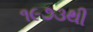
૧૯૭૩થી